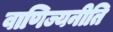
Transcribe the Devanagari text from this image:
वाणिज्यनीति